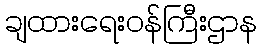
ချထားရေးဝန်ကြီးဌာန